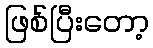
ဖြစ်ပြီးတော့